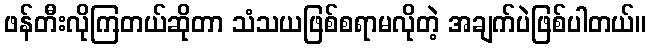
ဖန်တီးလိုကြတယ်ဆိုတာ သံသယဖြစ်စရာမလိုတဲ့ အချက်ပဲဖြစ်ပါတယ်။